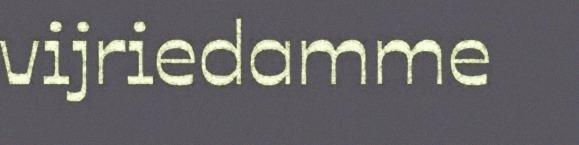
vijriedamme